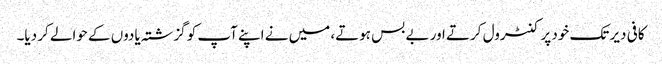
کافی دیر تک خود پر کنٹرول کرتے اور بے بس ہوتے، میں نے اپنے آپ کو گزشتہ یادوں کے حوالے کر دیا۔